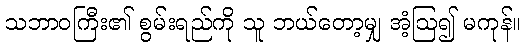
သဘာဝကြီး၏ စွမ်းရည်ကို သူ ဘယ်တော့မျှ အံ့ဩ၍ မကုန်။